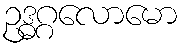
ဥဒ္ဓဂ္ဂလောမော